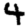
Digit: 4